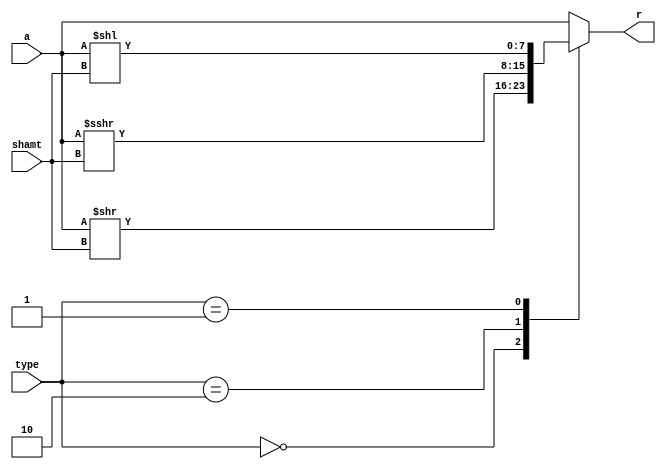
`timescale 1ns / 1ps
//////////////////////////////////////////////////////////////////////////////////
// Company: 
// Engineer: 
// 
// Design Name: 
// Module Name: sl1
// Project Name: 
// Target Devices: 
// Tool Versions: 
// Description: 
// 
// Dependencies: 
// 
// Revision:
// Revision 0.01 - File Created
// Additional Comments:
// 
//////////////////////////////////////////////////////////////////////////////////

module sl1 #(parameter n = 8) (
        input [n-1 : 0] a, 
        input [4:0] shamt,
        input [1:0] type,
        output reg [n-1 : 0] r
    );
    always @ * begin
        r = 0; 
        case (type) // alu OP 
            2'b00  : r =  a >> shamt;   
            2'b10  : r =  a >>> shamt; 
            2'b01  : r =  a << shamt; 
            default : r = a; 
        endcase 
    end   
    
endmodule